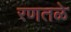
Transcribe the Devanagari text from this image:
रणतळे